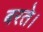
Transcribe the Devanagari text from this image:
बरते।